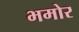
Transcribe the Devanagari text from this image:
भमोर